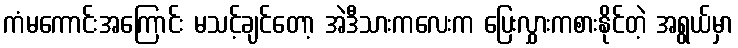
ကံမကောင်းအကြောင်း မသင့်ချင်တော့ အဲဒီသားကလေးက ပြေးလွှားကစားနိုင်တဲ့ အရွယ်မှာ